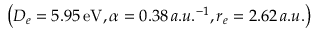
\left( D _ { e } = 5 . 9 5 \, \mathrm { e V } , \alpha = 0 . 3 8 \, a . u . ^ { - 1 } , r _ { e } = 2 . 6 2 \, a . u . \right)